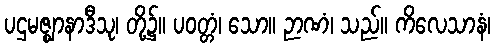
ပဌမဇ္ဈာနာဒီသု၊ တို့၌။ ပဝတ္တံ၊ သော။ ဉာဏံ၊ သည်။ ကိလေသာနံ၊